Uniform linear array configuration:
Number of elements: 4
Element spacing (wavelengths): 0.25
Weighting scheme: hamming
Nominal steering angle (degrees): -15
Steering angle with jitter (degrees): -15.515
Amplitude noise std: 0.05
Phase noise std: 0.05

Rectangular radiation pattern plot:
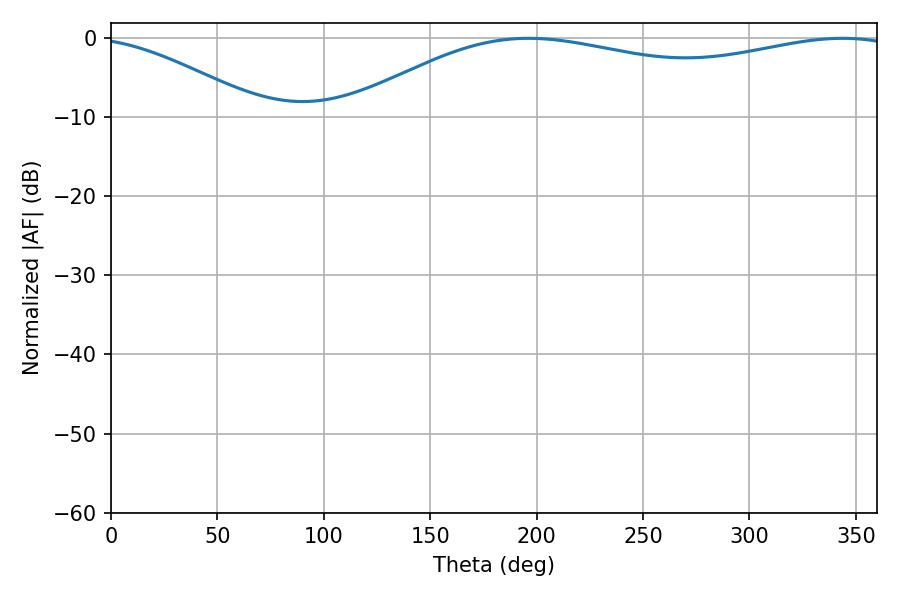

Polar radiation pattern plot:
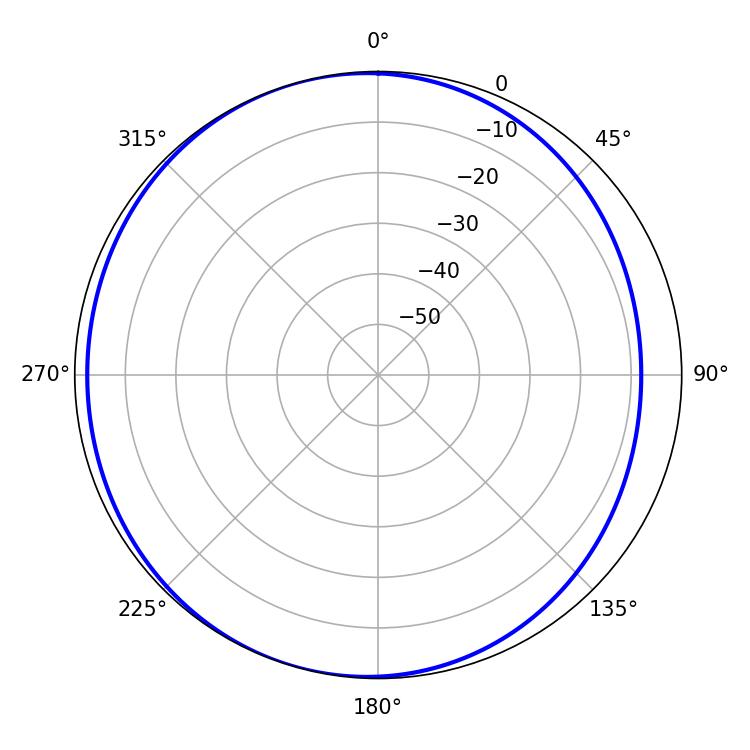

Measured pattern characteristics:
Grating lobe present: FALSE
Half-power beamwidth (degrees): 211.14
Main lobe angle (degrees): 196.2